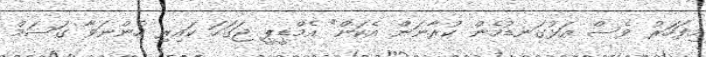
މިފަހަރު ވެސް އަޅުގަނޑުމެން ކުރާނަން އެކަން" އެމްޑީޕީ ޖަގަހަ ކައިރި ހުންނަވާ ގަސަމް